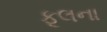
ફૂલના